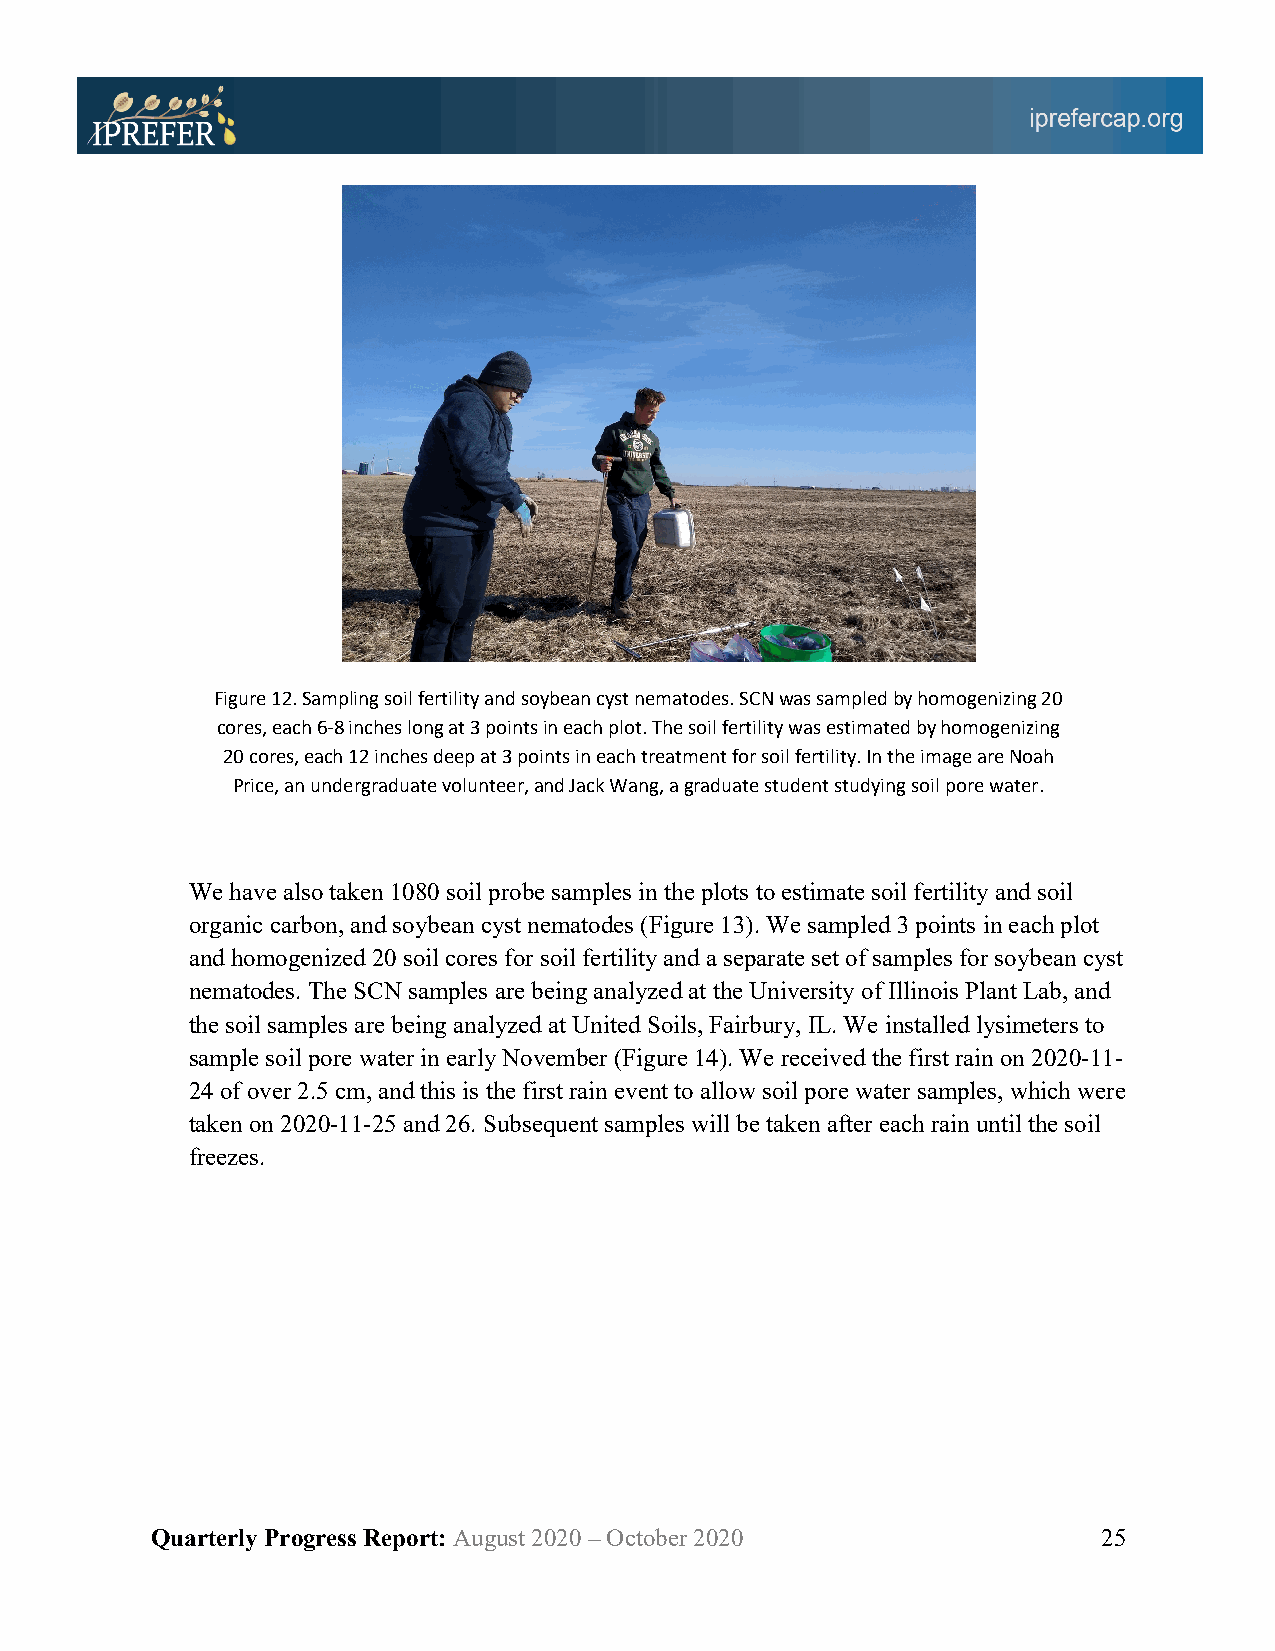
Figure 12. Sampling soil fertility and soybean cyst nematodes. SCN was sampled by homogenizing 20
 cores, each 6-8 inches long at 3 points in each plot. The soil fertility was estimated by homogenizing
 20 cores, each 12 inches deep at 3 points in each treatment for soil fertility. In the image are Noah
 Price, an undergraduate volunteer, and Jack Wang, a graduate student studying soil pore water.
 We have also taken 1080 soil probe samples in the plots to estimate soil fertility and soil
 organic carbon, and soybean cyst nematodes (Figure 13). We sampled 3 points in each plot
 and homogenized 20 soil cores for soil fertility and a separate set of samples for soybean cyst
 nematodes. The SCN samples are being analyzed at the University of Illinois Plant Lab, and
 the soil samples are being analyzed at United Soils, Fairbury, IL. We installed lysimeters to
 sample soil pore water in early November (Figure 14). We received the first rain on 2020-11-
 24 of over 2.5 cm, and this is the first rain event to allow soil pore water samples, which were
 taken on 2020-11-25 and 26. Subsequent samples will be taken after each rain until the soil
 freezes.
 Quarterly Progress Report: August 2020 – October 2020          25